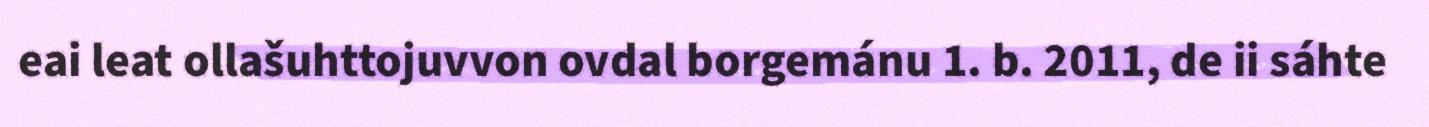
eai leat ollašuhttojuvvon ovdal borgemánu 1. b. 2011, de ii sáhte